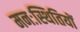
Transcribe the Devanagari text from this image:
मनःस्थितियों